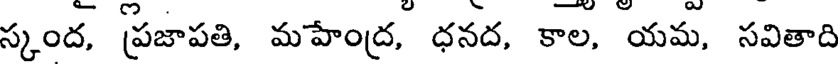
స్కంద, ప్రజాపతి, మహేంద్ర, ధనద, కాల, యమ, సవితాది